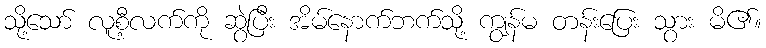
သို့သော် လူစီ့လက်ကို ဆွဲပြီး အိမ်နောက်ဘက်သို့ ကျွန်မ တန်းပြေး သွား မိ၏။